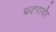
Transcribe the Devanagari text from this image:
फहराये।